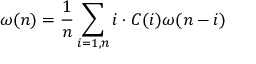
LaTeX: \omega ( n ) = \frac { 1 } { n } \sum _ { i = 1 , n } i \cdot C ( i ) \omega ( n - i )